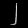
Digit: ၂